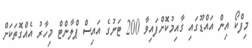
މިފްކޯ އިން އައްޑޫގައި ގާއިމުކޮށްފައިވާ 200 ޓަނުގެ އައިސް ޕްލާންޓް މިހާރު އެއްގޮތަކަށް